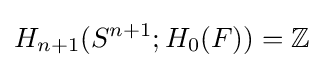
H_{n+1}(S^{n+1};H_{0}(F))=\mathbb {Z}